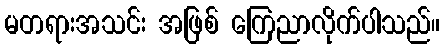
မတရားအသင်း အဖြစ် ကြေညာလိုက်ပါသည်။